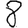
Digit: 8